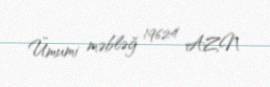
Ümumi məbləğ 19624 AZN